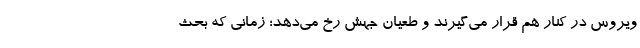
ویروس در کنار هم قرار می‌گیرند و طعیان جهش رخ می‌دهد؛ زمانی که بحث